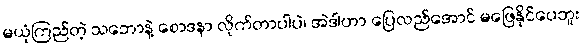
မယုံကြည်တဲ့ သဘောနဲ့ စောဒနာ လိုက်တာပါပဲ၊ အဲဒါဟာ ပြေလည်အောင် မဖြေနိုင်ပေဘူး